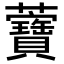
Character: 𧅤